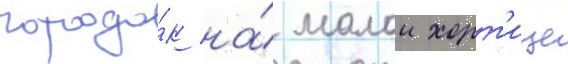
городо́к на́ малои хорт'ице